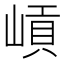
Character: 𡺭